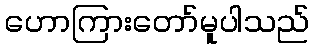
ဟောကြားတော်မူပါသည်